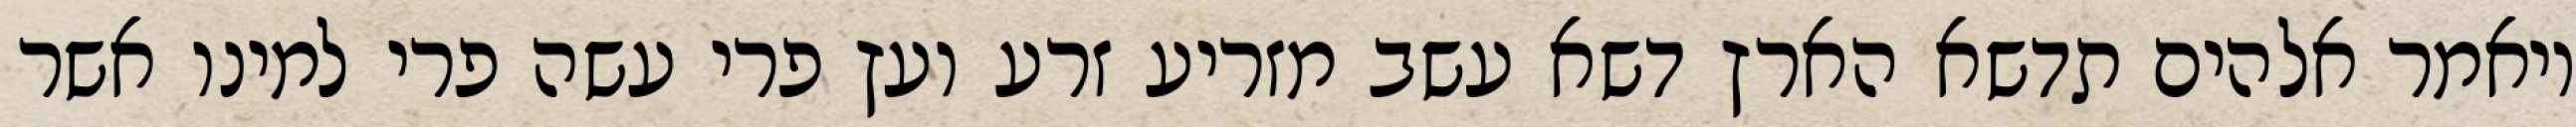
ויאמר אלהים תדשא הארץ דשא עשב מזריע זרע ועץ פרי עשה פרי למינו אשר